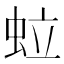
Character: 𧉼